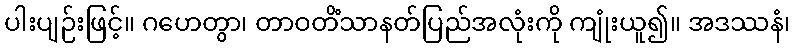
ပါးပျဉ်းဖြင့်။ ဂဟေတွာ၊ တာဝတိံသာနတ်ပြည်အလုံးကို ကျုံးယူ၍။ အဒဿနံ၊